Civil Veterinary Department Bengal reports 1923-33 - 1923-1933
Year: 1923
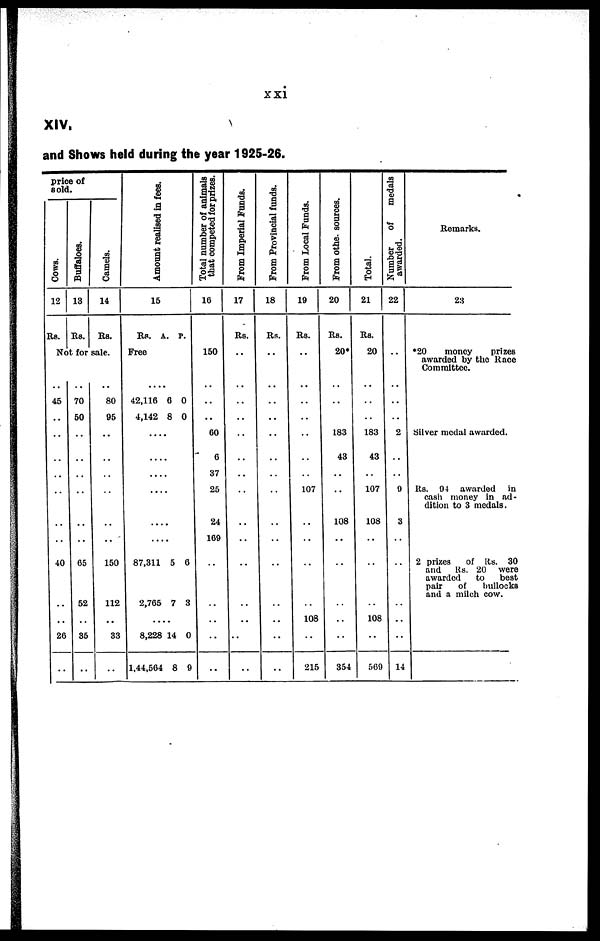
XIV.
and Shows held during the year 1925-26.
price of
sold.
Cows.
12
Rs.
No
..
45
..
..
..
..
..
..
..
40
..
..
26
..
Buffaloes.
13
Rs.
t for
..
70
50
..
..
..
..
..
..
65
52
..
85
..
Camels.
14
Rs.
sale.
..
80
95
..
..
..
..
..
..
150
112
..
33
..
Amount realised in fees.
15
Rs. A. P.
Free
....
42,116
4,142
....
....
....
....
....
....
87,311
2,765
....
8,228
1,44,564
6
8
5
7
14
8
0
0
6
3
0
9
Total number of animals
that competed for prizes.
16
150
..
..
..
60
6
37
25
24
169
..
..
..
..
..
From Imperial Funds.
17
Rs.
..
..
..
..
..
..
..
..
..
..
..
..
..
..
From Provincial funds.
18
Rs.
..
..
..
..
..
..
..
..
..
..
..
..
..
..
From Local Funds.
19
Rs.
..
..
..
..
..
..
107
..
..
..
..
108
..
215
From othe. sources.
20
Rs.
20*
..
..
..
183
43
..
..
108
..
..
..
..
..
354
Total.
21
Rs.
20
..
..
..
183
43
..
107
108
..
..
..
108
..
569
Number
of
medals
awarded.
22
..
..
..
2
..
..
9
3
..
..
..
..
..
14
Remarks.
23
*20
money
prizes
awarded by the Race
Committee.
Silver medal awarded.
Rs. 94 awarded in
cash money in ad-
dition to 3 medals.
2 prizes
of Rs. 30
and Rs. 20 were
awarded
to
best
pair
of
bullocks
and a milch cow.